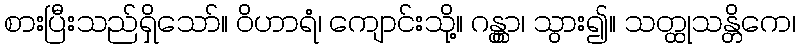
စားပြီးသည်ရှိသော်။ ဝိဟာရံ၊ ကျောင်းသို့။ ဂန္တွာ၊ သွား၍။ သတ္ထုသန္တိကေ၊